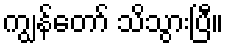
ကျွန်တော် သိသွားပြီ။